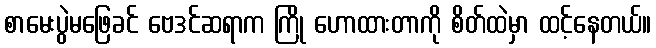
စာမေးပွဲမဖြေခင် ဗေဒင်ဆရာက ကြို ဟောထားတာကို စိတ်ထဲမှာ ထင့်နေတယ်။